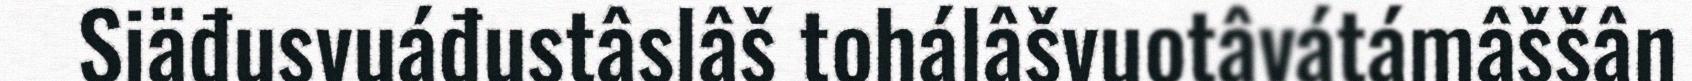
Siäđusvuáđustâslâš tohálâšvuotâvátámâššân